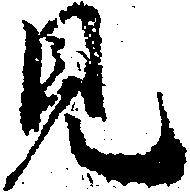
見